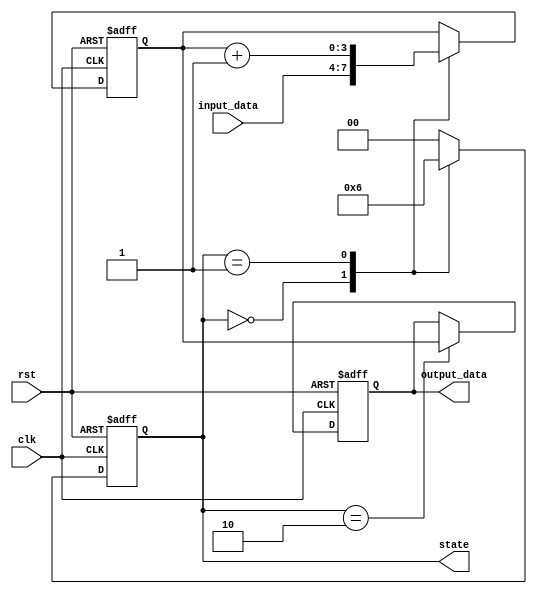
module clock_cycle_initialization (
    input wire clk,          // Clock signal
    input wire rst,          // Reset signal
    input wire [3:0] input_data, // Example input data
    output reg [3:0] output_data, // Example output data
    output reg [1:0] state   // State of the FSM
);

// Define states for the FSM
localparam STATE_IDLE = 2'b00;
localparam STATE_PROCESS = 2'b01;
localparam STATE_DONE = 2'b10;

// Internal registers
reg [3:0] internal_register; // Example internal register

// Sequential logic for clock cycle operation
always @(posedge clk or posedge rst) begin
    if (rst) begin
        // Initialization on reset
        internal_register <= 4'b0000; // Initialize internal register to 0
        output_data <= 4'b0000;       // Initialize output data to 0
        state <= STATE_IDLE;          // Set FSM to initial state
    end else begin
        // Clock cycle operations
        case (state)
            STATE_IDLE: begin
                // Transition to PROCESS state
                internal_register <= input_data; // Update internal register with input data
                state <= STATE_PROCESS;          // Move to PROCESS state
            end
            
            STATE_PROCESS: begin
                // Perform some processing (example: increment)
                internal_register <= internal_register + 1;
                state <= STATE_DONE;             // Move to DONE state
            end
            
            STATE_DONE: begin
                // Update output based on processed data
                output_data <= internal_register; // Set output data
                state <= STATE_IDLE;              // Return to IDLE state
            end
            
            default: begin
                // Default case (should not occur)
                state <= STATE_IDLE;
            end
        endcase
    end
end

endmodule